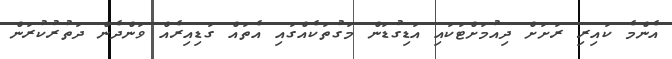
އެންމެ ކައިރި ރަށަށް ދިއުމަށްޓަކައި އަޑިގުޑަން މަގުތަކެއްގައި އެތައް ގަޑިއިރެއް ވަންދެން ދަތުރުކުރަން